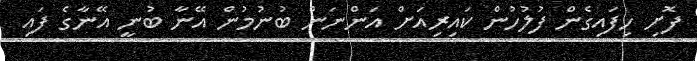
ފޮށި ހިފައިގެން ފުލުހުން ކައިރިއަށް އަންނަން ބުނުމުން އޭނާ ބުނީ އޭނާގެ ފައި